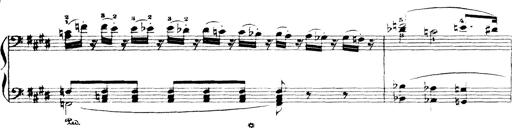
Title: Wagner-Liszt Album
Composer: Franz Liszt